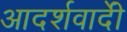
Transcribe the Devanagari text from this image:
आदर्शवादीें